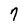
Character: 7